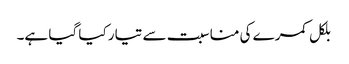
بلکل کمرے کی مناسبت سے تیار کیا گیا ہے۔